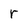
Character: r